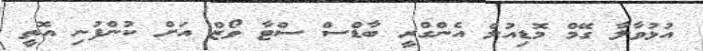
އުޅުވާލާ ގޭމް މޮޑިއުލް އެންގްރީ ބާޑްސް ސްޓާ ވޯޒް އަށް ކުންފުނި އޮތީ